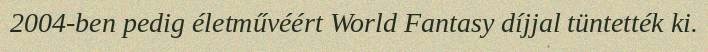
2004-ben pedig életművéért World Fantasy díjjal tüntették ki.